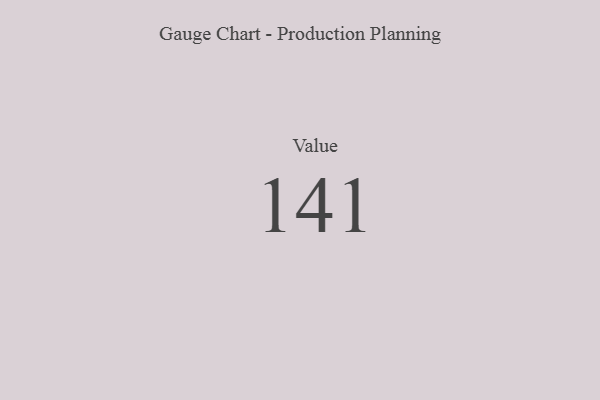
{"axis": {"x": "Metric", "y": "Value"}, "legend": [""], "data": [{"x": "Value", "y": 141, "type": ""}]}